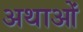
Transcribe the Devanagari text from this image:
अथाओं